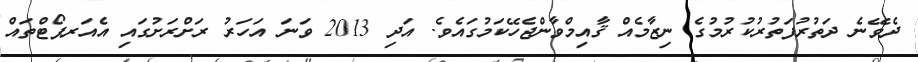
ދެވޭނެ ދަތުރުފަތުރުކުރުމުގެ ނިޒާމެއް ޤާއިމްވާންޖެހޭކަމުގައެވެ. އަދި 2013 ވަނަ އަހަރު ރަށްރަށުގައި އެއަރޕޯޓްތައް